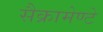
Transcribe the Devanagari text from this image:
सैक्रामेण्टे